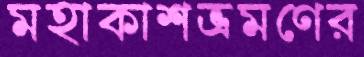
মহাকাশভ্রমণের